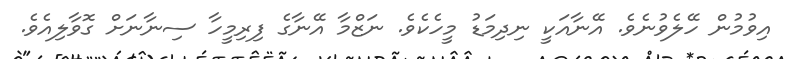
އިވުމުން ހޭލެވުނެވެ. އޭނާއަކީ ނިދިމަޑު މީހެކެވެ. ނަޒްމާ އޭނާގެ ފިރިމީހާ ސިނާނަށް ގޮވާލިއެވެ.